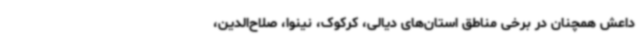
داعش همچنان در برخی مناطق استان‌های دیالی، کرکوک، نینوا، صلاح‌الدین،